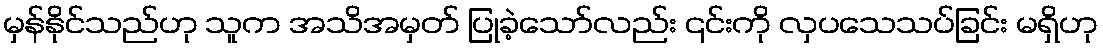
မှန်နိုင်သည်ဟု သူက အသိအမှတ် ပြုခဲ့သော်လည်း ၎င်းကို လှပသေသပ်ခြင်း မရှိဟု